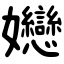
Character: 㜻